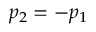
p _ { 2 } = - p _ { 1 }